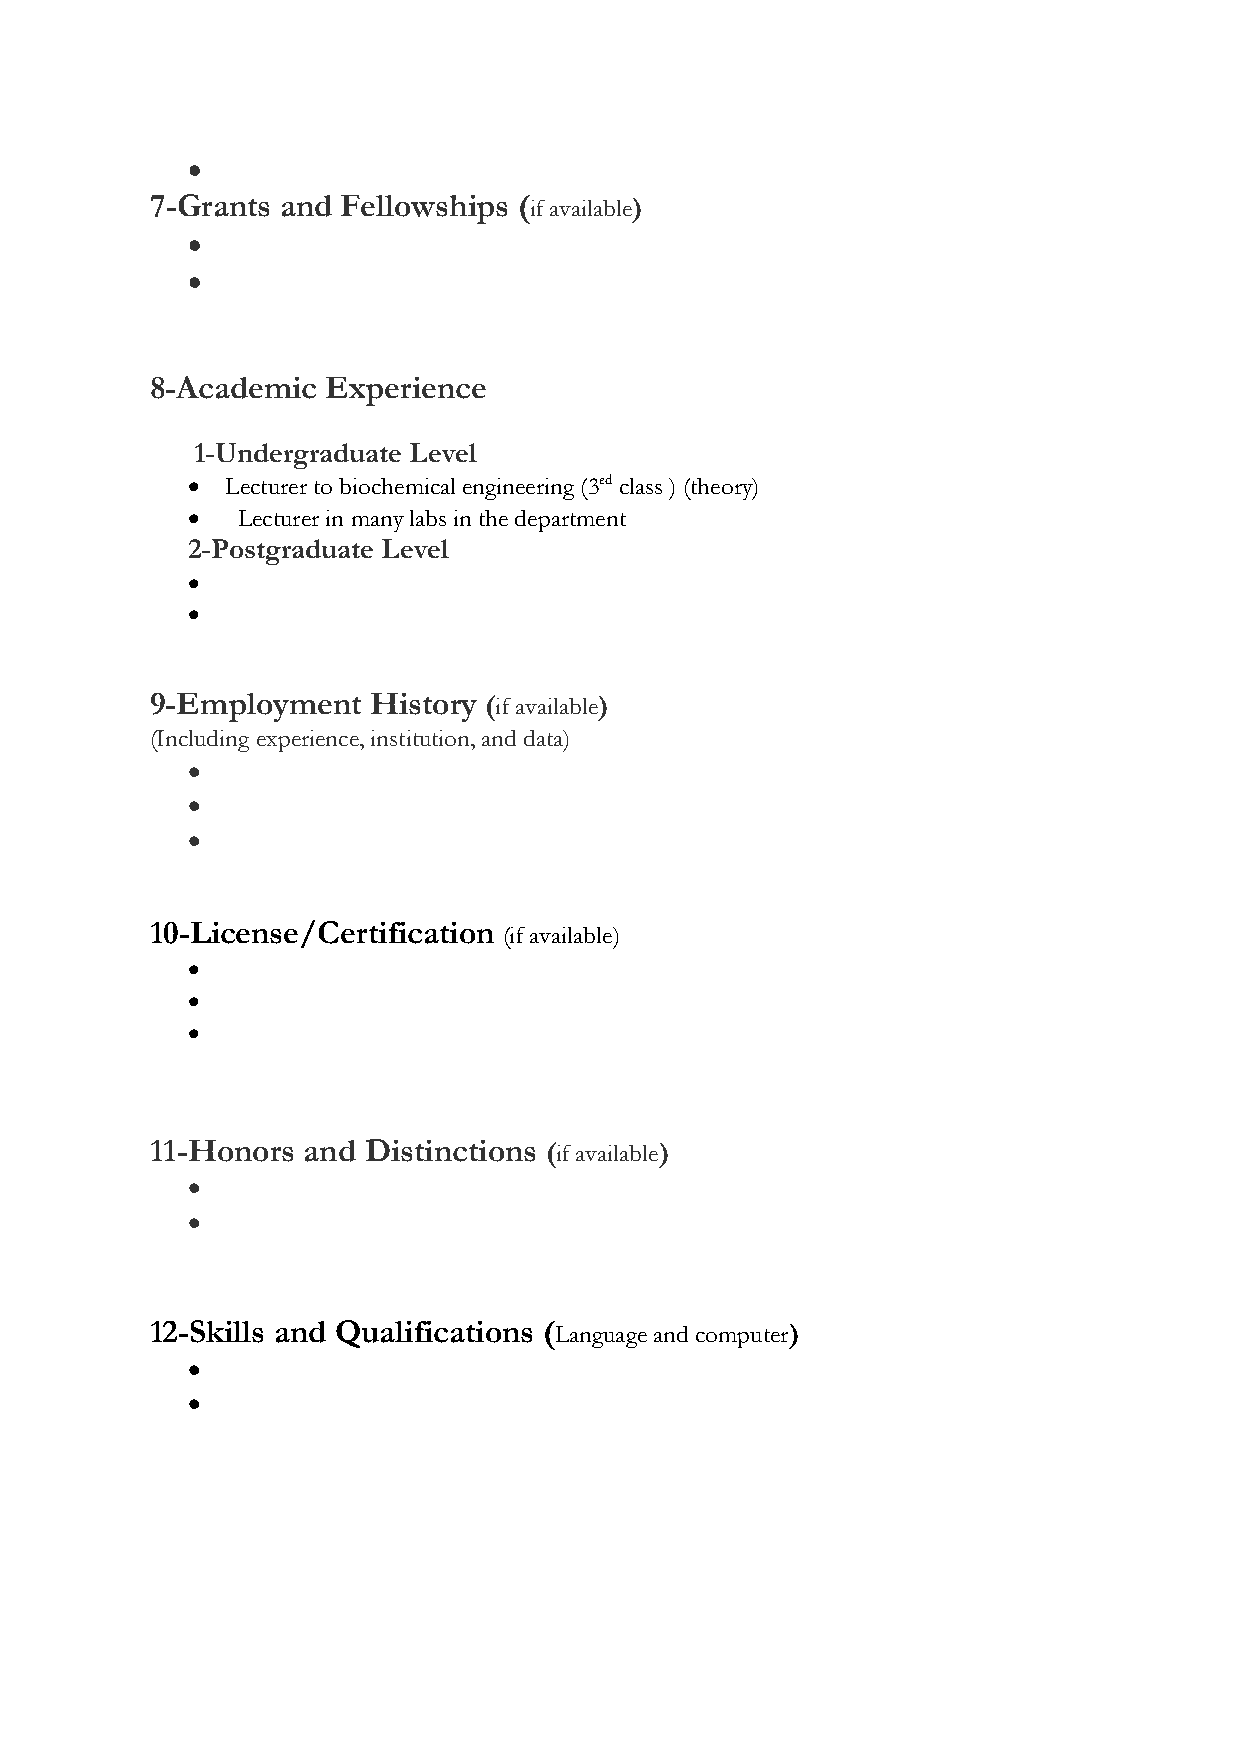

 7-Grants and Fellowships (if available)
 
 
 8-Academic  Experience
 1-Undergraduate Level
   Lecturer to biochemical engineering (3ed class ) (theory)
    Lecturer in many labs in the department
 2-Postgraduate Level
 
 
 9-Employment  History (if available)
 (Including experience, institution, and data)
 
 
 
 10-License/Certification (if available)
 
 
 
 11-Honors and Distinctions (if available)
 
 
 12-Skills and Qualifications (Language and computer)
 
 